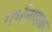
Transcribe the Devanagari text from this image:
गर्भनाशक